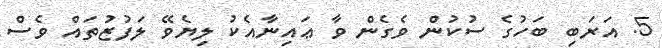
5. އަރަބި ބަހުގެ ސުކުން ވެގެން ވާ ޢައިނާއެކު ލިޔެވޭ ލަފުޒުތައް ވެސް